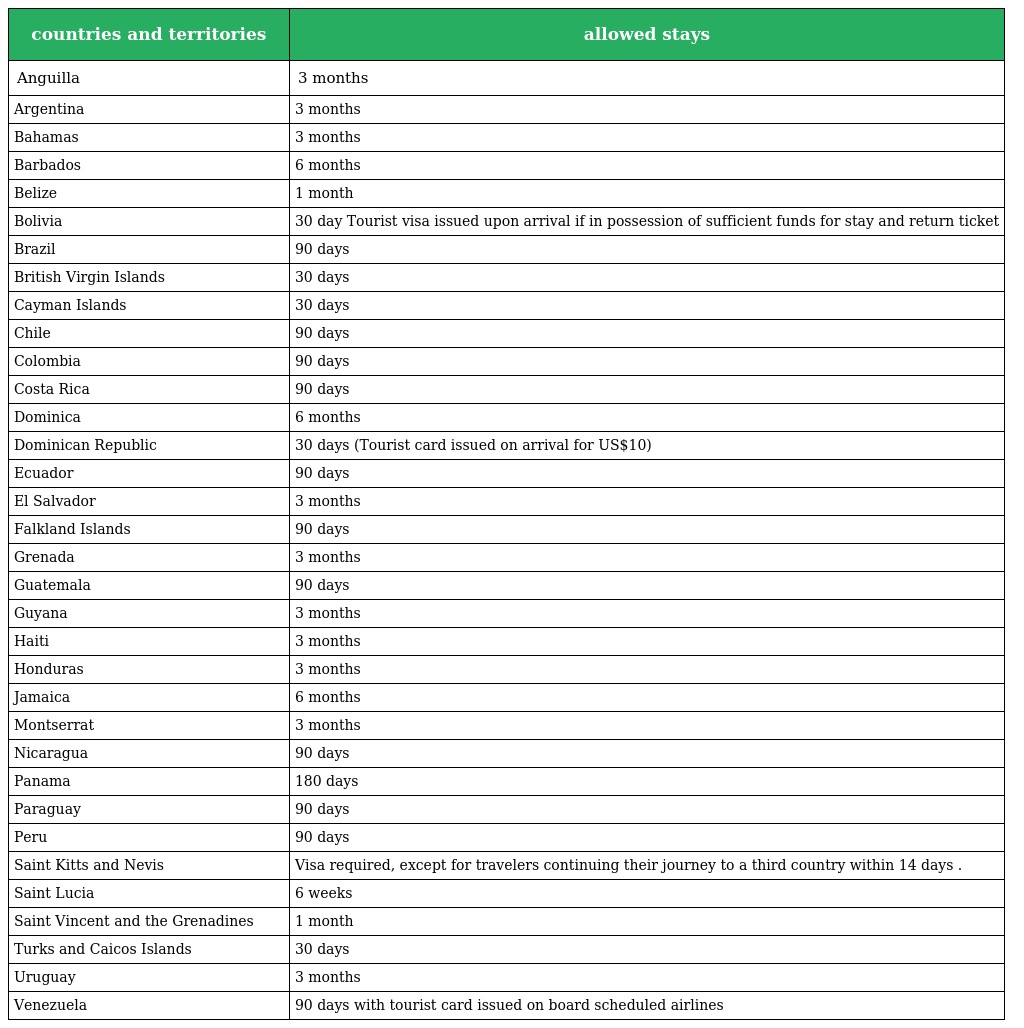
| countries and territories | allowed stays |
 | --- | --- |
 | Anguilla | 3 months |
 | Argentina | 3 months |
 | Bahamas | 3 months |
 | Barbados | 6 months |
 | Belize | 1 month |
 | Bolivia | 30 day Tourist visa issued upon arrival if in possession of sufficient funds for stay and return ticket |
 | Brazil | 90 days |
 | British Virgin Islands | 30 days |
 | Cayman Islands | 30 days |
 | Chile | 90 days |
 | Colombia | 90 days |
 | Costa Rica | 90 days |
 | Dominica | 6 months |
 | Dominican Republic | 30 days (Tourist card issued on arrival for US$10) |
 | Ecuador | 90 days |
 | El Salvador | 3 months |
 | Falkland Islands | 90 days |
 | Grenada | 3 months |
 | Guatemala | 90 days |
 | Guyana | 3 months |
 | Haiti | 3 months |
 | Honduras | 3 months |
 | Jamaica | 6 months |
 | Montserrat | 3 months |
 | Nicaragua | 90 days |
 | Panama | 180 days |
 | Paraguay | 90 days |
 | Peru | 90 days |
 | Saint Kitts and Nevis | Visa required, except for travelers continuing their journey to a third country within 14 days . |
 | Saint Lucia | 6 weeks |
 | Saint Vincent and the Grenadines | 1 month |
 | Turks and Caicos Islands | 30 days |
 | Uruguay | 3 months |
 | Venezuela | 90 days with tourist card issued on board scheduled airlines |